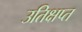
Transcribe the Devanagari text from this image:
उतिक्षप्त